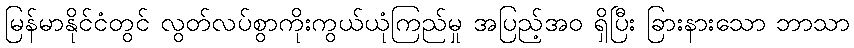
မြန်မာနိုင်ငံတွင် လွတ်လပ်စွာကိုးကွယ်ယုံကြည်မှု အပြည့်အဝ ရှိပြီး ခြားနားသော ဘာသာ